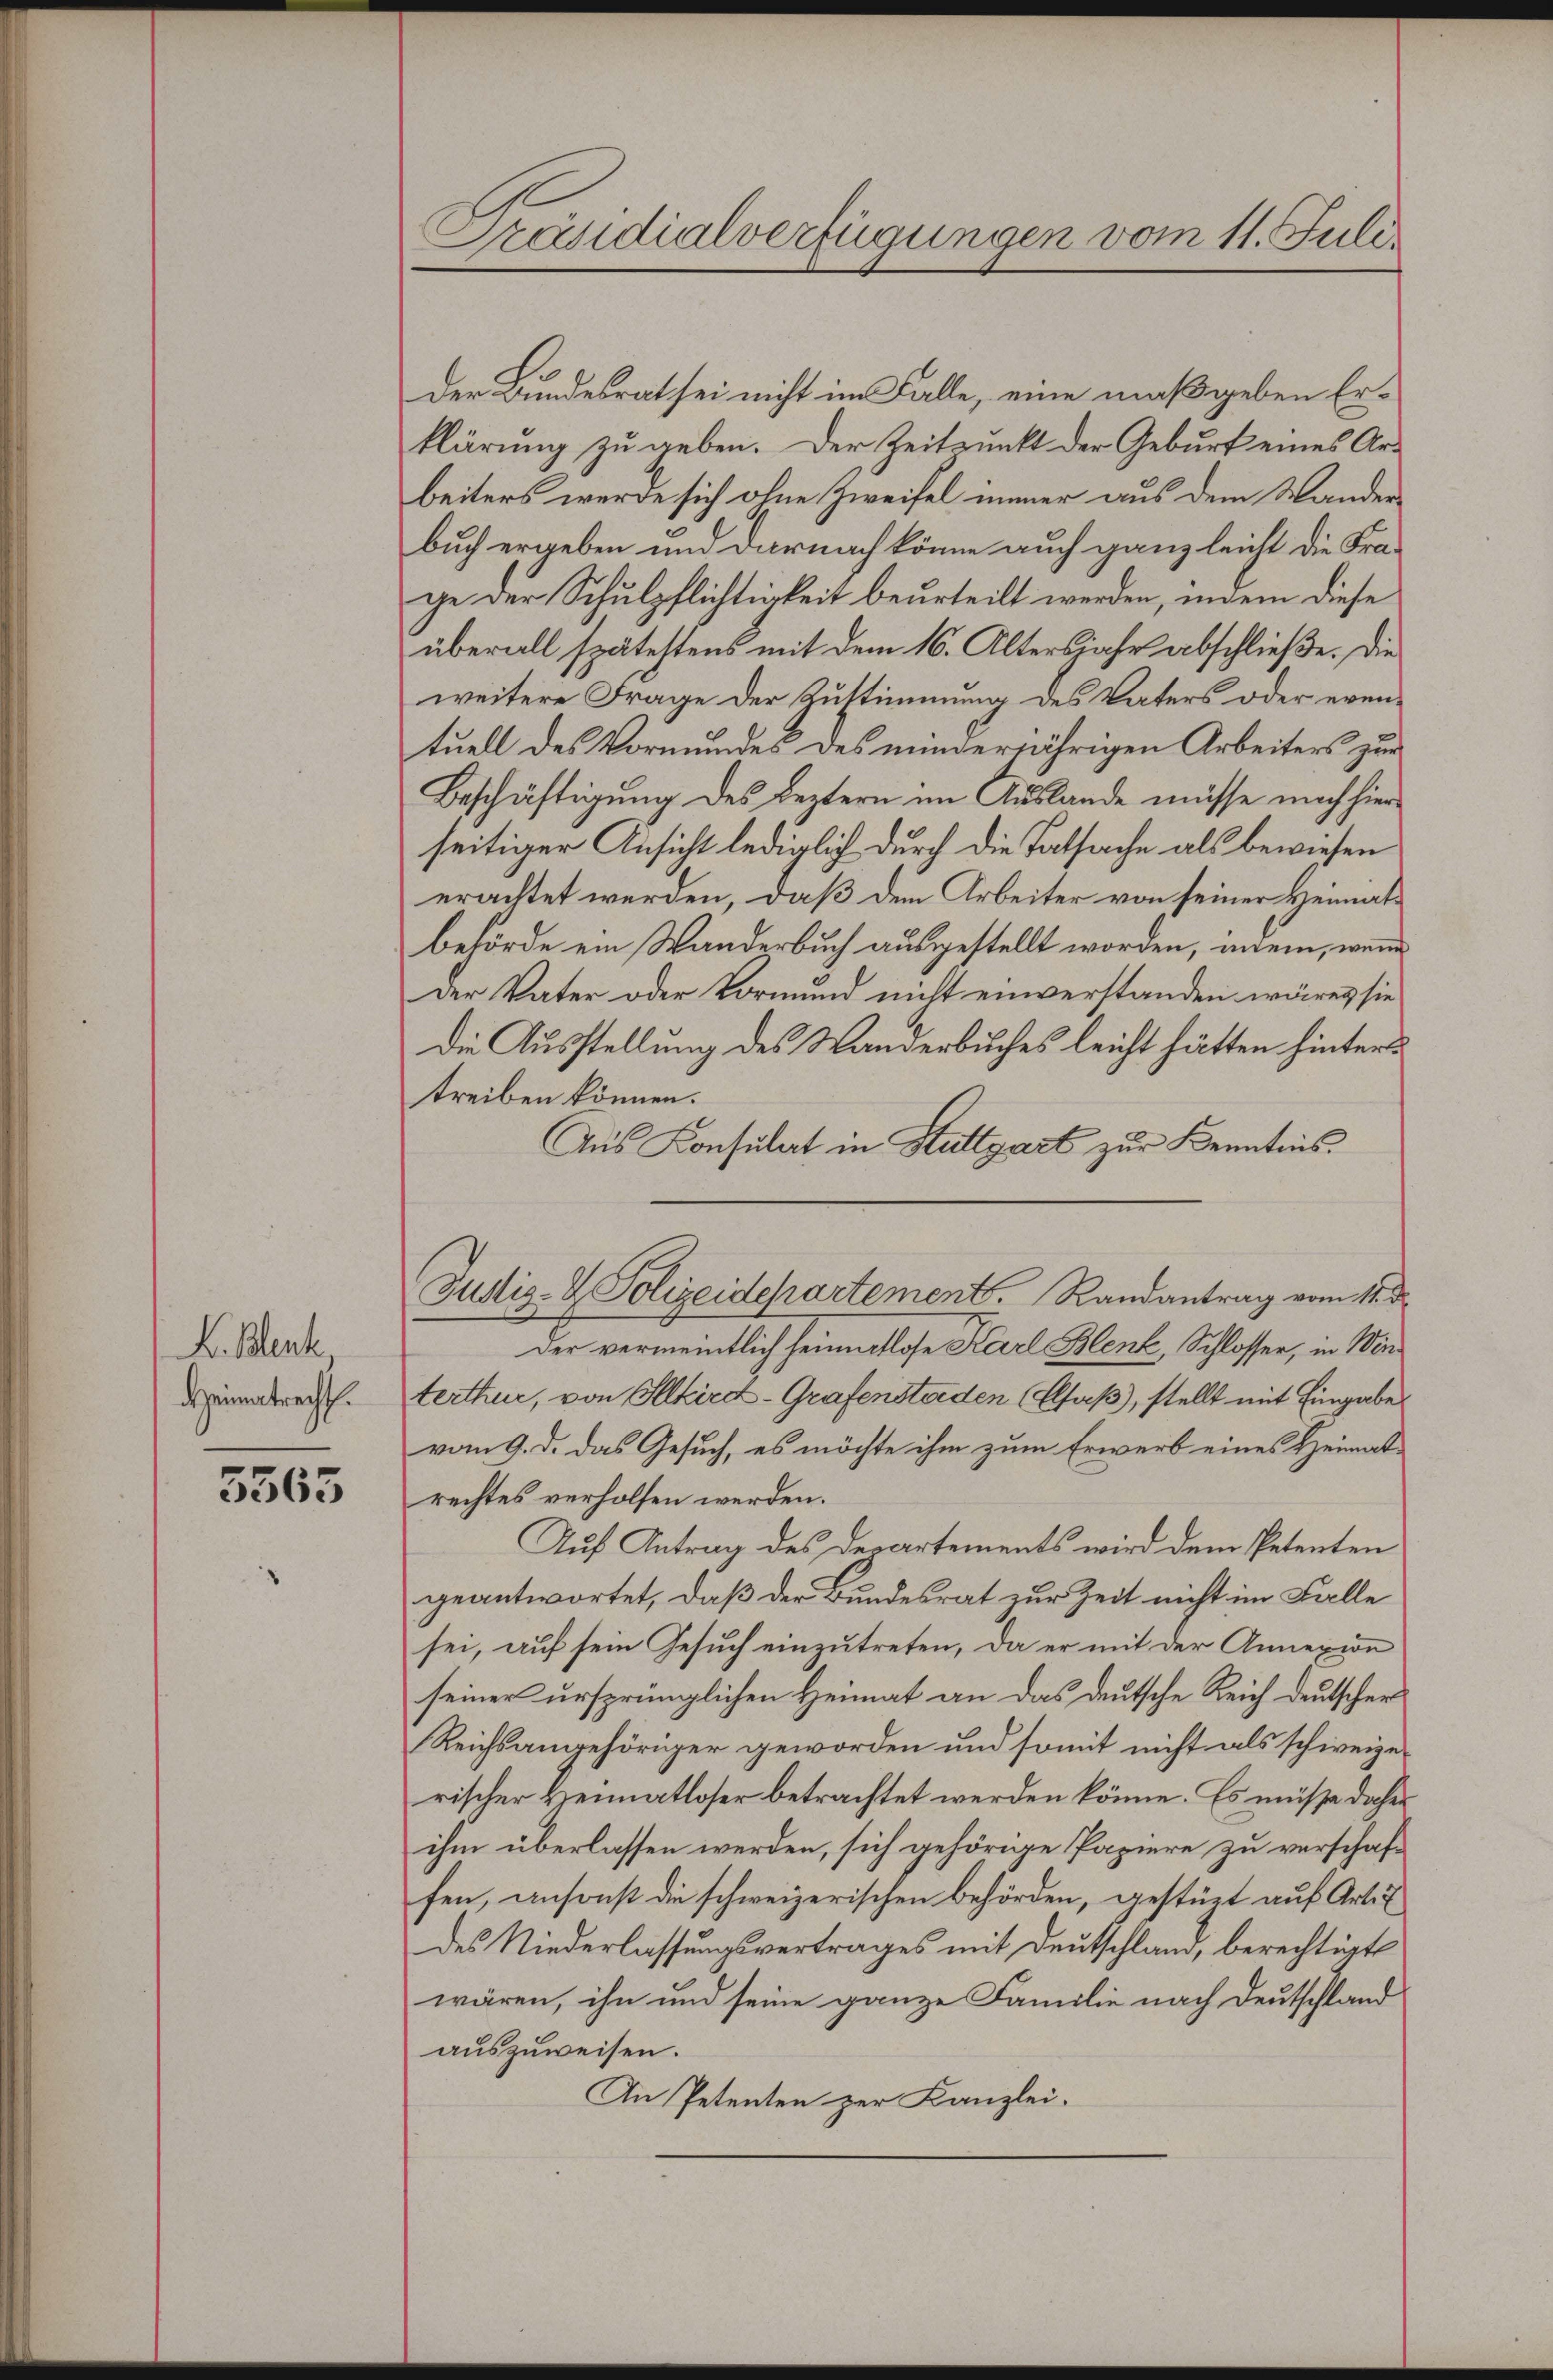
H. Blent,
Heimatrecht.

5565

Präsidialverfügungen vom 11. Juli.

der Bundesrat sei nicht im Falle, eine maßgeben Erklärung zu geben. Der Zeitpunkt der Geburt eines Arbeiters werde sich ohne Zweifel immer aus dem Wanderbuch ergeben und darnach könne auch ganz leicht die Frage der Schulpflichtigkeit beurteilt werden, indem diese
überall spätestens mit dem 16. Altersjahr abschließe. Die
weitere Frage der Zustimmung des Vaters oder eventuell des Vormundes des minderjährigen Arbeiters zur
Beschäftigung des Leztern im Auslande müsse nach hier
seitiger Ansicht lediglich durch die Tatsache als bewiesen
erachtet werden, daß dem Arbeiter von seiner Heimatbehörde ein Wanderbuch ausgestellt worden, anein, wenn
Der Vater oder Vormund nicht einverstanden wäre, sie
Die Ausstellung des Wanderbuches leicht hätten hintertreiben können.
Aus Konsulat in Stuttgart zur Kenntnis.
Der vermeintlich heimatlose Karl Blenk, Schlosser, in Winterthur, von Illkird-Grafensterden (Elsaß, stellt mit Eingabe
vom 9. d. das Gesuch, es möchte ihm zum Erwerb eines Heimatrechtes verholfen werden.
Auf Antrag des Departements wird dem Petenten
geantwortet, daß der Bundesrat zur Zeit nicht im Falle
sei, auf sein Gesuch einzutreten, da er mit der Annexion
seiner ursprünglichen Heimat an das deutsche Reich deutschers
Reichsangehöriger geworden und somit nicht als schweizerischer Heimatloser betrachtet werden könne. Es müsse daher
ihm überlassen werden, sich gehörige Papiere zu verschaffen, ansonst die schweizerischen Behörden, gestürt auf Art. 7
des Niederlassungsvertrages mit Deutschland, berechtigt
wären, ihn und seine ganze Familie nach Deutschland
auszuweisen.
An Petenten zur Kanzlei-

Justiz- & Polizeidepartement. Randantrag vom 11. d